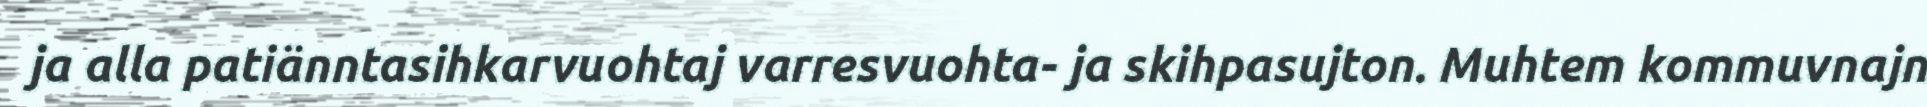
ja alla patiänntasihkarvuohtaj varresvuohta- ja skihpasujton. Muhtem kommuvnajn